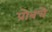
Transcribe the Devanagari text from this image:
प्रोबचे